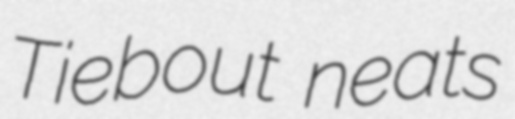
Tiebout neats